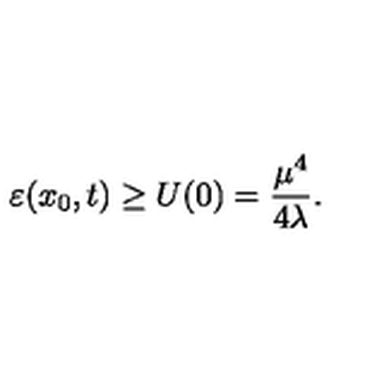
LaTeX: \varepsilon ( x _ { 0 } , t ) \geq U ( 0 ) = \frac { \mu ^ { 4 } } { 4 \lambda } .